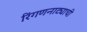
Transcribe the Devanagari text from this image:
रिंगणनाट्याची